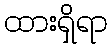
ထားရှိရာ